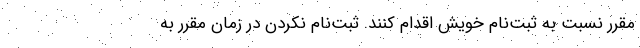
مقرر نسبت به ثبت‌نام خویش اقدام کنند. ثبت‌نام نکردن در زمان مقرر به